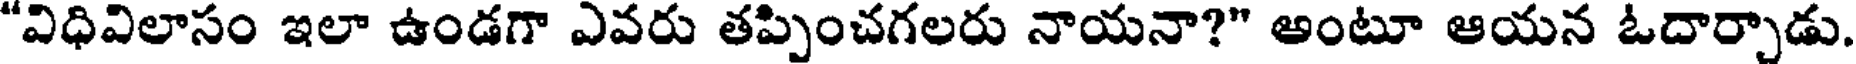
"విధివిలాసం ఇలా ఉండగా ఎవరు తప్పించగలరు నాయనా?" అంటూ ఆయన ఓదార్చాడు.